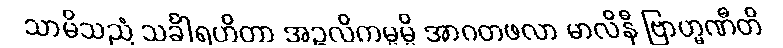
သာမိသညံ သင်္ခါရဟိတာ အဉ္ဇလိကမ္မမ္ပိ အာဂတဖလာ မာလိနီ ဗြာဟ္မဏီတိ